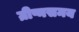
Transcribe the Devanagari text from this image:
ग्रीष्मसमय